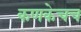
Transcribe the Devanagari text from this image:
कणकेचच